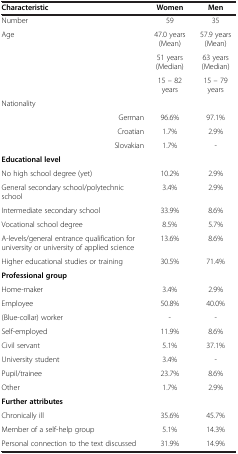
| Characteristic | Women | Men |
 | --- | --- | --- |
 | Number | 59 | 35 |
 | <ROWSPAN=3> Age | 47.0 years (Mean) | 57.9 years (Mean) |
 | 51 years (Median) | 63 years (Median) |
 | 15 – 82 years | 15 – 79 years |
 | Nationality |  |  |
 | German | 96.6% | 97.1% |
 | Croatian | 1.7% | 2.9% |
 | Slovakian | 1.7% | - |
 | Educational level |  |  |
 | No high school degree (yet) | 10.2% | 2.9% |
 | General secondary school/polytechnic school | 3.4% | 2.9% |
 | Intermediate secondary school | 33.9% | 8.6% |
 | Vocational school degree | 8.5% | 5.7% |
 | A-levels/general entrance qualification for university or university of applied science | 13.6% | 8.6% |
 | Higher educational studies or training | 30.5% | 71.4% |
 | Professional group |  |  |
 | Home-maker | 3.4% | 2.9% |
 | Employee | 50.8% | 40.0% |
 | (Blue-collar) worker | - | - |
 | Self-employed | 11.9% | 8.6% |
 | Civil servant | 5.1% | 37.1% |
 | University student | 3.4% | - |
 | Pupil/trainee | 23.7% | 8.6% |
 | Other | 1.7% | 2.9% |
 | Further attributes |  |  |
 | Chronically ill | 35.6% | 45.7% |
 | Member of a self-help group | 5.1% | 14.3% |
 | Personal connection to the text discussed | 31.9% | 14.9% |